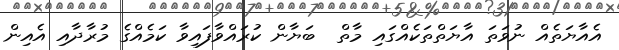
އެއާޔަތެއް ނުވަތަ އާޔަތްތަކެއްގައި މާތް  ބަޔާން ކުރައްވާފައިވާ ކަމެއްގެ މުރާދާއި އެއިން